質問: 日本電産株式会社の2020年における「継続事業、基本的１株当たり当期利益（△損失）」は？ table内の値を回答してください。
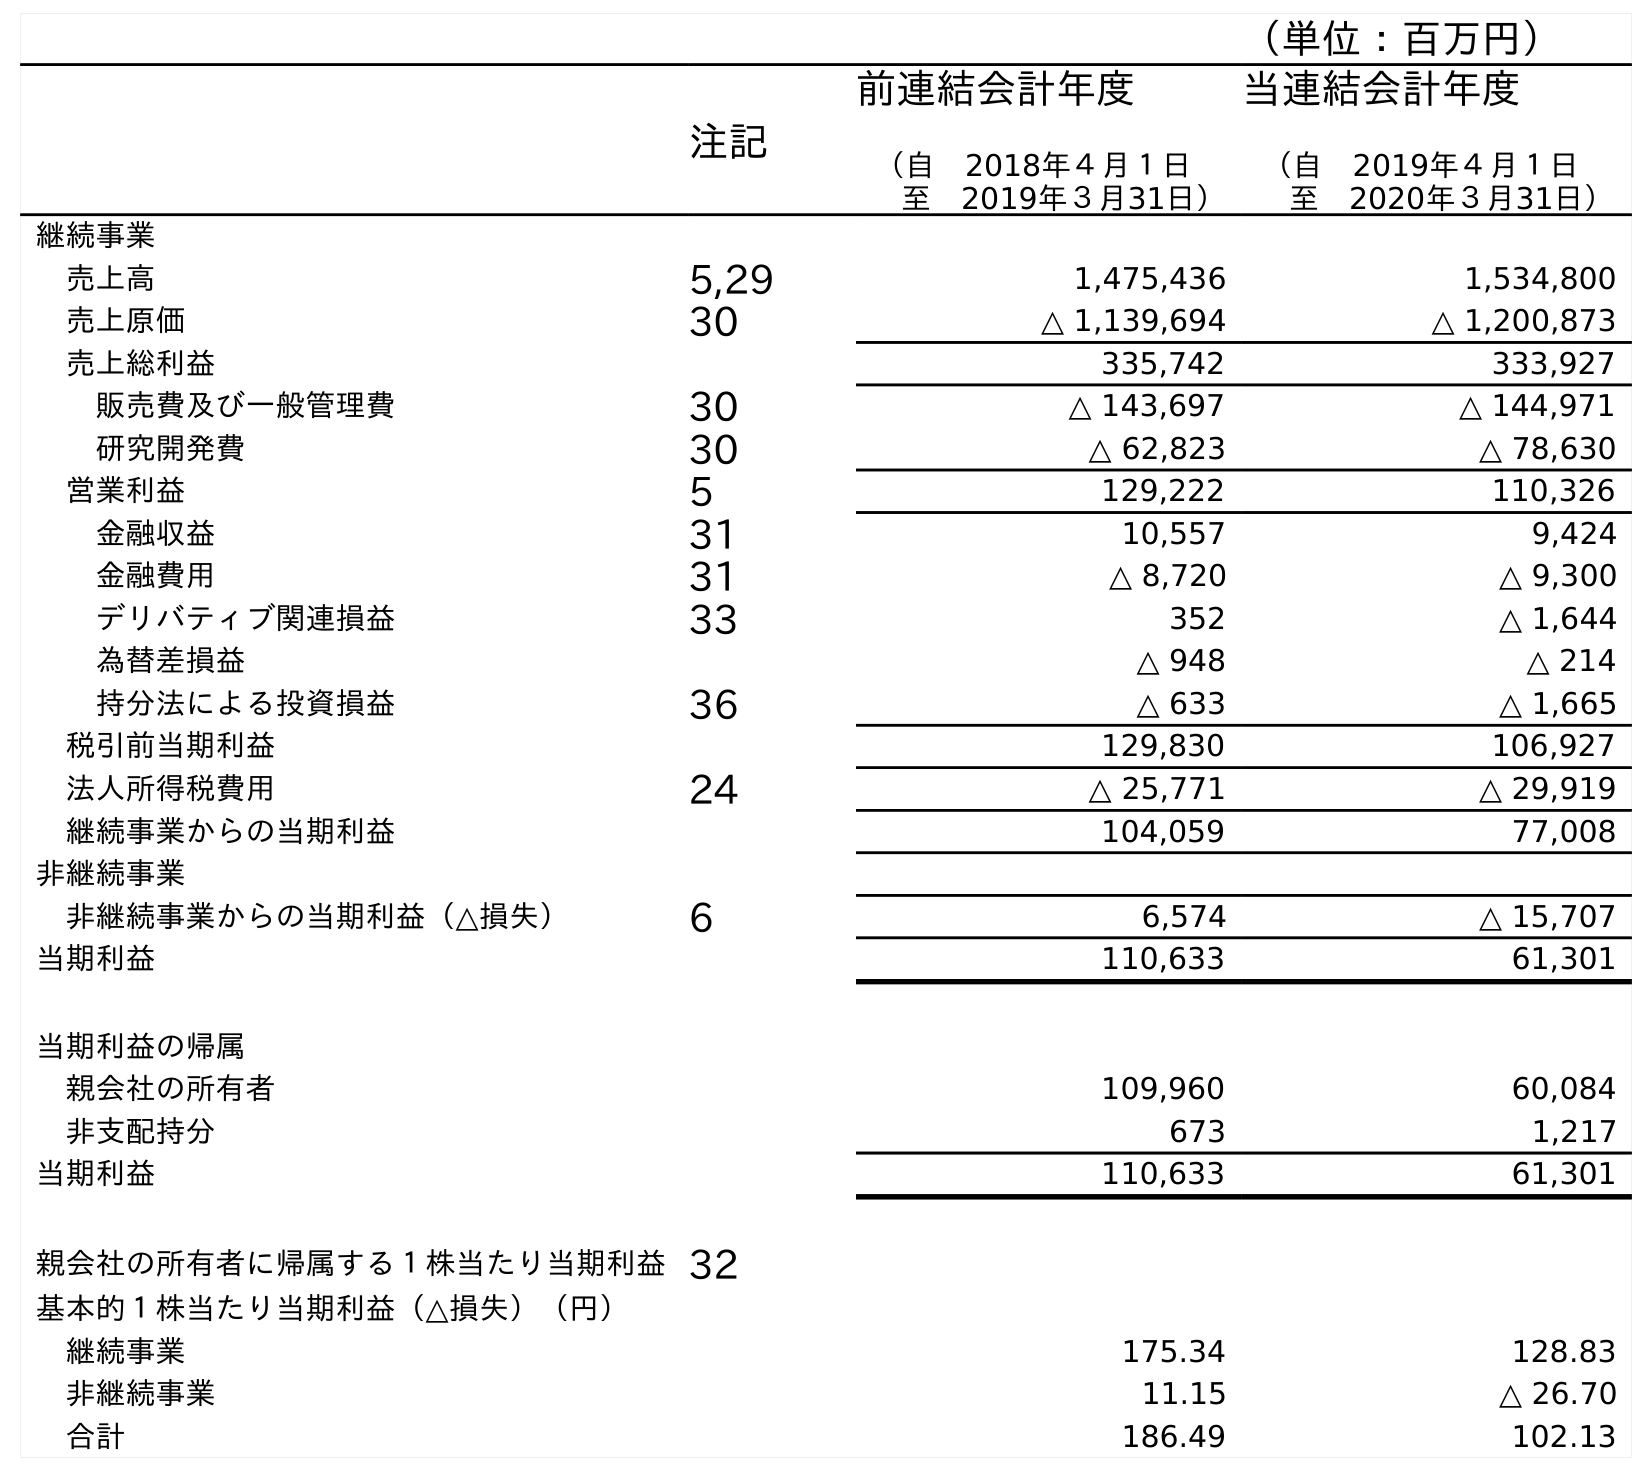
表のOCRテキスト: （単位：百万円） 注記 前連結会計年度 （自 2018年４月１日 至 2019年３月31日） 当連結会計年度 （自 2019年４月１日 至 2020年３月31日） 継続事業 売上高 5,29 1,475,436 1,534,800 売上原価 30 △ 1,139,694 △ 1,200,873 売上総利益 335,742 333,927 販売費及び一般管理費 30 △ 143,697 △ 144,971 研究開発費 30 △ 62,823 △ 78,630 営業利益 5 129,222 110,326 金融収益 31 10,557 9,424 金融費用 31 △ 8,720 △ 9,300 デリバティブ関連損益 33 352 △ 1,644 為替差損益 △ 948 △ 214 持分法による投資損益 36 △ 633 △ 1,665 税引前当期利益 129,830 106,927 法人所得税費用 24 △ 25,771 △ 29,919 継続事業からの当期利益 104,059 77,008 非継続事業 非継続事業からの当期利益（△損失） 6 6,574 △ 15,707 当期利益 110,633 61,301 当期利益の帰属 親会社の所有者 109,960 60,084 非支配持分 673 1,217 当期利益 110,633 61,301 親会社の所有者に帰属する１株当たり当期利益32 基本的１株当たり当期利益（△損失）（円） 継続事業 175.34 128.83 非継続事業 11.15 △ 26.70 合計 186.49 102.13
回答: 128.83